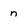
Character: n